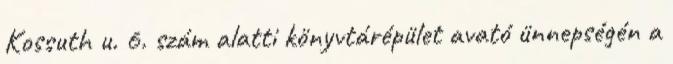
Kossuth u. 6. szám alatti könyvtárépület avató ünnepségén a